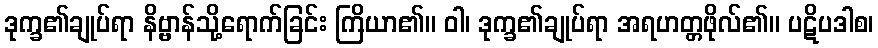
ဒုက္ခ၏ချုပ်ရာ နိဗ္ဗာန်သို့ရောက်ခြင်း ကြိယာ၏။ ဝါ၊ ဒုက္ခ၏ချုပ်ရာ အရဟတ္တဖိုလ်၏။ ပဋိပဒါစ၊